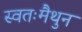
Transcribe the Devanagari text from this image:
स्वतःमैथुन